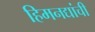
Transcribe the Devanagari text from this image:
हिमनद्यांची